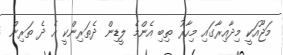
މަޖޫއަކީ މިދާއިރާގައި މިހާރު ތިބި އެންމެ ލީޑިން ދެތަރިންކީ އެ ދެ ތަރިން